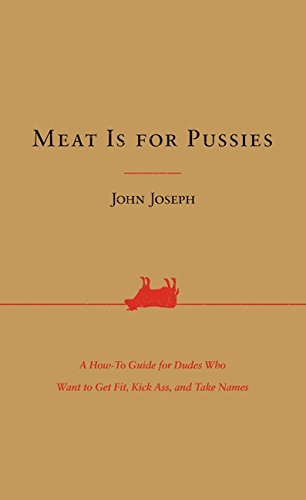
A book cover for Meat Is for Pussies: A How-To Guide for Dudes Who Want to Get Fit, Kick Ass, and Take Names; John Joseph; Health, Fitness & Dieting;